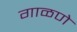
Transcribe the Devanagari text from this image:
गाळणे